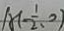
A ( \frac { 1 } { 2 } , 0 )